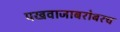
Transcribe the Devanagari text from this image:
पखवाजाबरोबरच